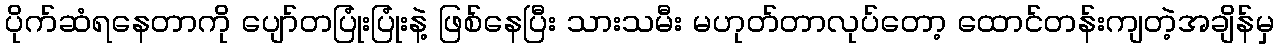
ပိုက်ဆံရနေတာကို ပျော်တပြုံးပြုံးနဲ့ ဖြစ်နေပြီး သားသမီး မဟုတ်တာလုပ်တော့ ထောင်တန်းကျတဲ့အချိန်မှ